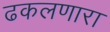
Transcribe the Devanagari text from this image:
ढकलणारा